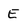
Character: E